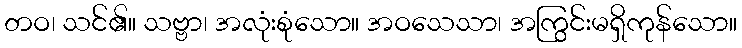
တဝ၊ သင်၏။ သဗ္ဗာ၊ အလုံးစုံသော။ အဝသေသာ၊ အကြွင်းမရှိကုန်သော။